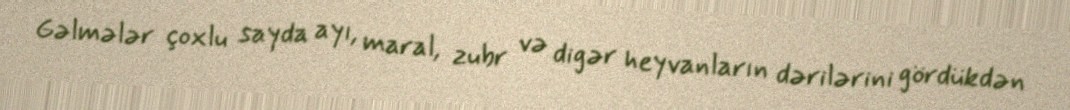
Gəlmələr çoxlu sayda ayı, maral, zubr və digər heyvanların dərilərini gördükdən